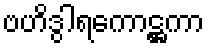
ဗဟိဒွါရကောဋ္ဌကာ